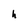
Character: h